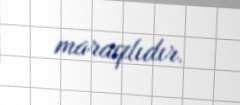
maraqlıdır.